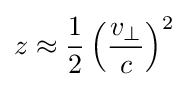
z\approx {\frac {1}{2}}\left({\frac {v_{\perp }}{c}}\right)^{2}